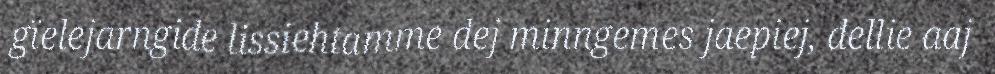
gïelejarngide lissiehtamme dej minngemes jaepiej, dellie aaj